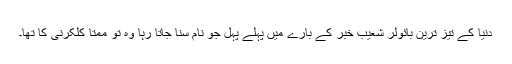
دنیا کے تیز ترین بائولر شعیب خبر کے بارے میں پہلے پہل جو نام سنا جاتا رہا وہ تو ممتا کلکرنی کا تھا۔